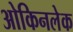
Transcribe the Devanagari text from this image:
ओकिनलेक